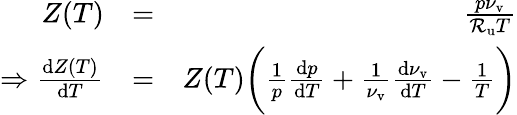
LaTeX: \begin{array}{rlr}{Z(T)}&{=}&{\frac{p\nu_{\mathrm{v}}}{\mathcal{R}_{\mathrm{u}}T}}\\ {\Rightarrow\frac{\mathrm{d}Z(T)}{\mathrm{d}T}}&{=}&{Z(T)\bigg(\frac{1}{p}\frac{\mathrm{d}p}{\mathrm{d}T}+\frac{1}{\nu_{\mathrm{v}}}\frac{\mathrm{d}\nu_{\mathrm{v}}}{\mathrm{d}T}-\frac{1}{T}\bigg)}\end{array}